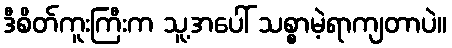
ဒီစိတ်ကူးကြီးက သူ့အပေါ် သစ္စာမဲ့ရာကျတာပဲ။